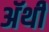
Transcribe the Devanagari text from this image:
अॅथी